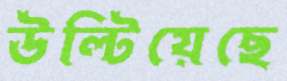
উল্‌টিয়েছে